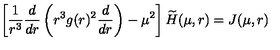
\left[ \frac { 1 } { r ^ { 3 } } \frac { d } { d r } \left( r ^ { 3 } g ( r ) ^ { 2 } \frac { d } { d r } \right) - \mu ^ { 2 } \right] \widetilde { H } ( \mu , r ) = J ( \mu , r )